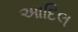
આદિલ